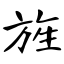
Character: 旌